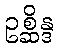
ဥစ္ဆိန္ဒ